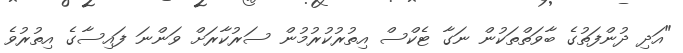
"އަދި ދުންފަތުގެ ބާވަތްތަކުން ނަގާ ޓެކްސް އިތުރުކުރުމުން ސަރުކާރަށް ވަންނަ ފައިސާގެ އިތުރުވެ